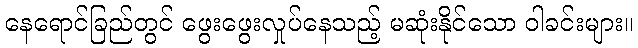
နေရောင်ခြည်တွင် ဖွေးဖွေးလှုပ်နေသည့် မဆုံးနိုင်သော ဝါခင်းများ။